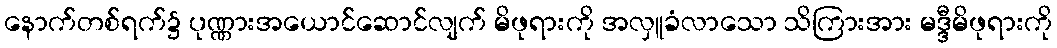
နောက်တစ်ရက်၌ ပုဏ္ဏားအယောင်ဆောင်လျက် မိဖုရားကို အလှူခံလာသော သိကြားအား မဒ္ဒီမိဖုရားကို